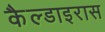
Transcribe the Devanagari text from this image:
कैल्डाइरास